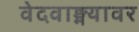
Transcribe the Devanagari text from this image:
वेदवाङ्मयावर